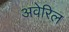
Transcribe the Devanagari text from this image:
अवेरिल